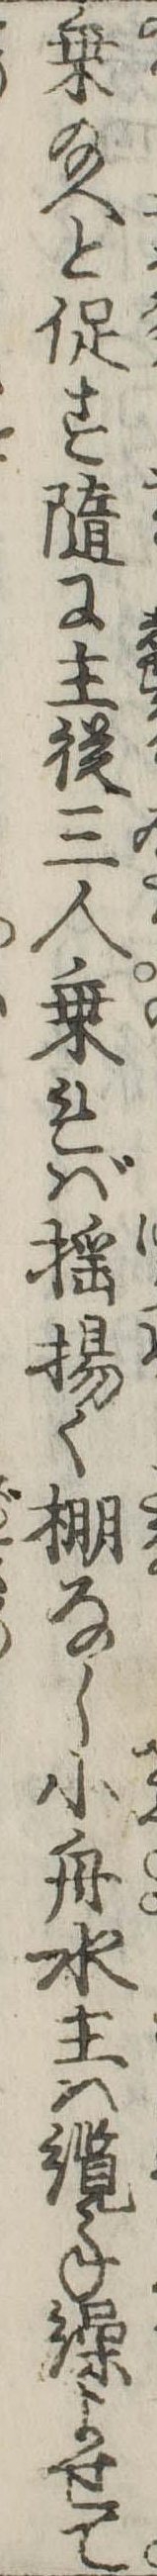
乗給へと促す随に主従三人乗れば揺揚く棚なし小舟水主は纜手繰よせて